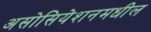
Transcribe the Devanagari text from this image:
असोसियेशनमधील